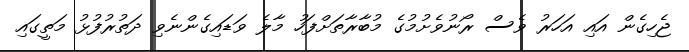
ޖެހިގެން އައި އަހަރު ވެސް ރޯނުވެށުމުގެ މުބާރާތަށްފަހު މާލެ ވަޑައިގެންނެވި ދަތުރުފުޅު މަތީގައި